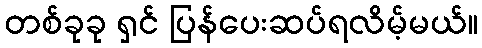
တစ်ခုခု ရှင် ပြန်ပေးဆပ်ရလိမ့်မယ်။